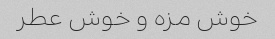
خوش مزه و خوش عطر